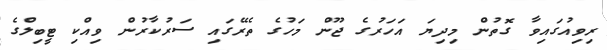
ރިވިއުގައިވާ ގޮތުން މިދިޔަ އަހަރުގެ ޖޫން މަހުގެ ތެރޭގައި ސަރުކާރުން ވިއްކި ޓީބިލްގެ